Vaccine operations Central Provinces & Berar 1922-1929 - 1922-1929
Year: 1922
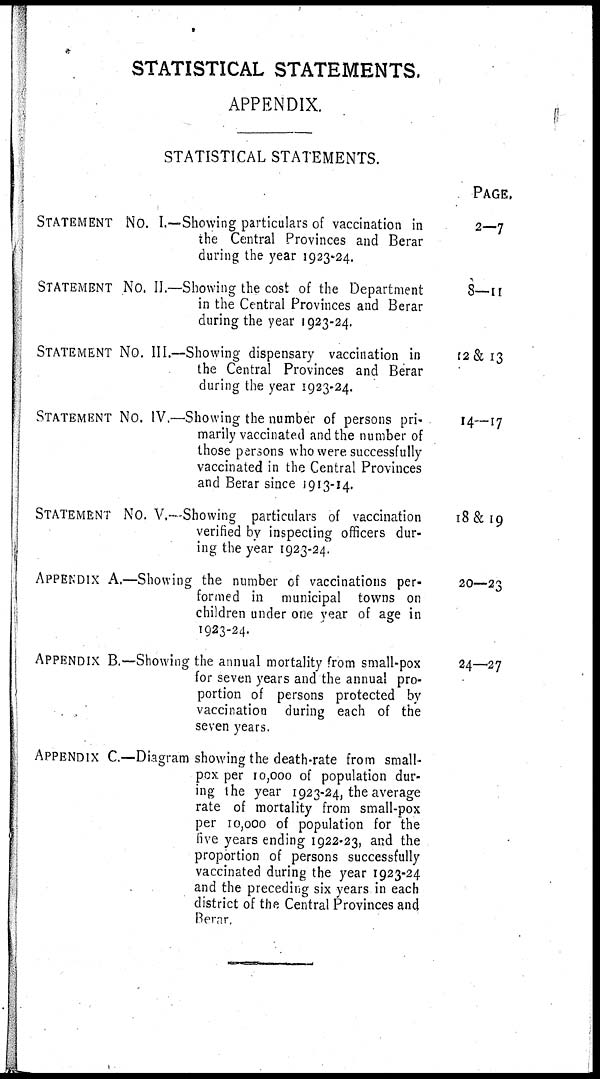
STATISTICAL STATEMENTS.
APPENDIX.
STATISTICAL STATEMENTS.
STATEMENT No. I.—Showing particulars of vaccination in
the Central Provinces and Berar
during the year 1923-24.
STATEMENT No. II.—Showing the cost of the Department
in the Central Provinces and Berar
during the year 1923-24.
STATEMENT No. III.—Showing dispensary vaccination in
the Central Provinces and Berar
during the year 1923-24.
STATEMENT No. IV.—Showing the number of persons pri-
marily vaccinated and the number of
those persons who were successfully
vaccinated in the Central Provinces
and Berar since 1913-14.
STATEMENT No. V.—Showing particulars of vaccination
verified by inspecting officers dur-
ing the year 1923-24.
APPENDIX A.—Showing the number of vaccinations per-
formed in municipal towns on
children under one year of age in
1923-24.
APPENDIX B.—Showing the annual mortality from small-pox
for seven years and the annual pro-
portion of persons protected by
vaccination during each of the
seven years.
APPENDIX C—Diagram showing the death-rate from small-
pox per 10,000 of population dur-
ing the year 1923-24, the average
rate of mortality from small-pox
per 10,000 of population for the
five years ending 1922-23, and the
proportion of persons successfully
vaccinated during the year 1923-24
and the preceding six years in each
district of the Central Provinces and
Berar.
PAGE.
2—7
8—11
12 & 13
14—17
18&19
20—23
24—27